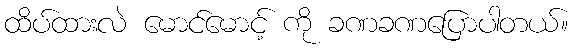
ထိပ်ထားလဲ မောင်မောင့် ကို ခဏခဏပြောပါတယ်။